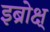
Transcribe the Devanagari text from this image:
इब्रोक्ष्